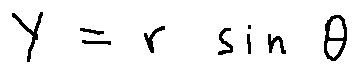
y = r \sin \theta